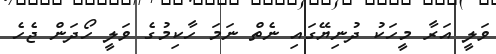
ވަލީ އަރާ މީހަކު ދުނިޔޭގައި ނެތް ނަމަ ހާކިމުގެ ވަލީ ހޯދަން ޖެހެ